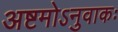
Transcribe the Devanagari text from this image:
अष्टमोऽनुवाकः